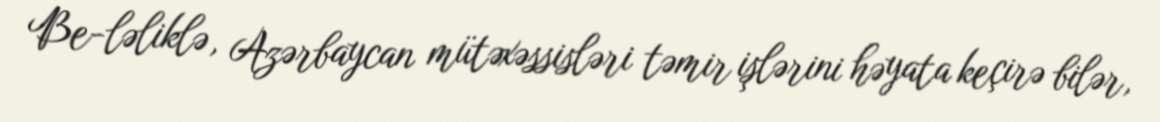
Be-ləliklə, Azərbaycan mütəxəssisləri təmir işlərini həyata keçirə bilər,